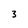
Character: 3